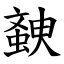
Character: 螤